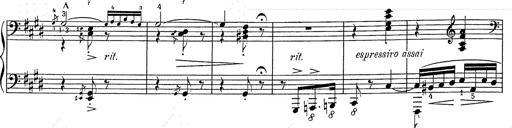
Title: Hungarian Rhapsody No.2
Composer: Franz Liszt
Key: C-sharp minor